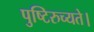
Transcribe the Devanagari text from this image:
पुष्टिरुच्यते।